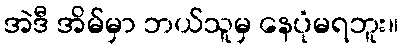
အဲဒီ အိမ်မှာ ဘယ်သူမှ နေပုံမရဘူး။